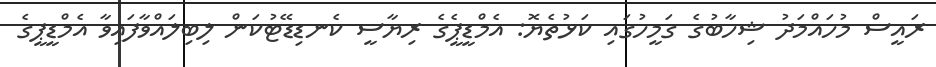
ރައީސް މުހައްމަދު ޝިހާބުގެ ގަމީހުގައި ކަޅުތެޔޮ: އެމްޑީޕީެގެ ރިޔާސީ ކެނޑިޑޭޓުކަން ލިބިލައްވާފައިވާ އެމްޑީޕީގެ